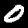
Digit: 0